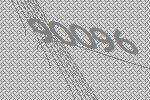
90096